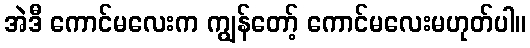
အဲဒီ ကောင်မလေးက ကျွန်တော့် ကောင်မလေးမဟုတ်ပါ။